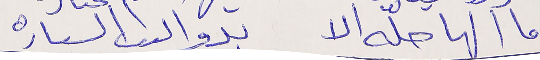
ما الها حلّه الا      بدوالىب السىاره